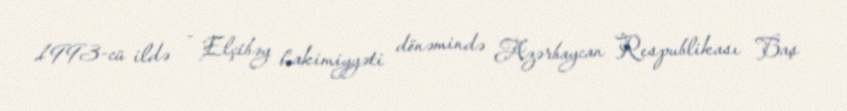
1993-cü ildə - Elçibəy hakimiyyəti dönəmində Azərbaycan Respublikası Baş